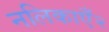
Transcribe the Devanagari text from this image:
नलिकाएँ२